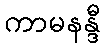
ကာမနန္ဒီ